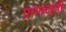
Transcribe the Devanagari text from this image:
प्राणवाही